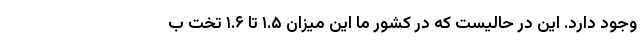
وجود دارد. این در حالیست که در کشور ما این میزان ۱.۵ تا ۱.۶ تخت ب